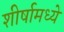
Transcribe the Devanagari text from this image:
शीर्षामध्ये